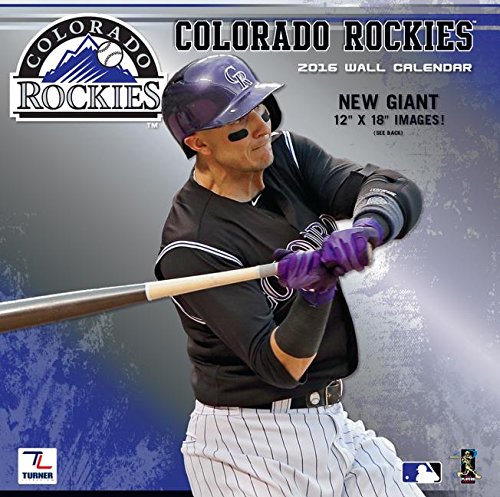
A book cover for Colorado Rockies; Calendars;